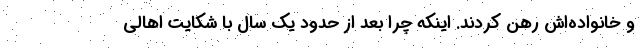
و خانواده‌اش رهن کردند. اینکه چرا بعد از حدود یک سال با شکایت اهالی